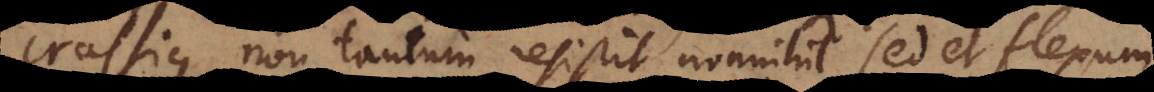
crassius non tantum resistit nonnihil sed et flexum